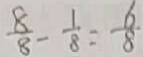
\frac { 8 } { 8 } - \frac { 1 } { 8 } = \frac { 6 } { 8 }